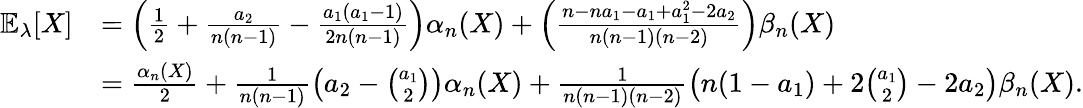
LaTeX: \begin{array}{rl}{\mathbb{E}_{\lambda}[X]}&{=\left(\frac{1}{2}+\frac{a_{2}}{n(n-1)}-\frac{a_{1}(a_{1}-1)}{2n(n-1)}\right)\alpha_{n}(X)+\left(\frac{n-na_{1}-a_{1}+a_{1}^{2}-2a_{2}}{n(n-1)(n-2)}\right)\beta_{n}(X)}\\ &{=\frac{\alpha_{n}(X)}{2}+\frac{1}{n(n-1)}\left(a_{2}-\binom{a_{1}}{2}\right)\alpha_{n}(X)+\frac{1}{n(n-1)(n-2)}\left(n(1-a_{1})+2\binom{a_{1}}{2}-2a_{2}\right)\beta_{n}(X).}\end{array}